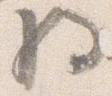
将